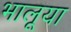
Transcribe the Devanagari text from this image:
भालूया